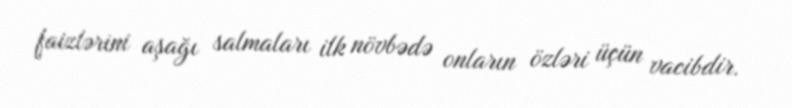
faizlərini aşağı salmaları ilk növbədə onların özləri üçün vacibdir.